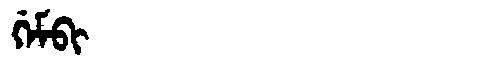
Manchu: ᡤᡝᠮᠪᡳ
Romanization: GEMBI